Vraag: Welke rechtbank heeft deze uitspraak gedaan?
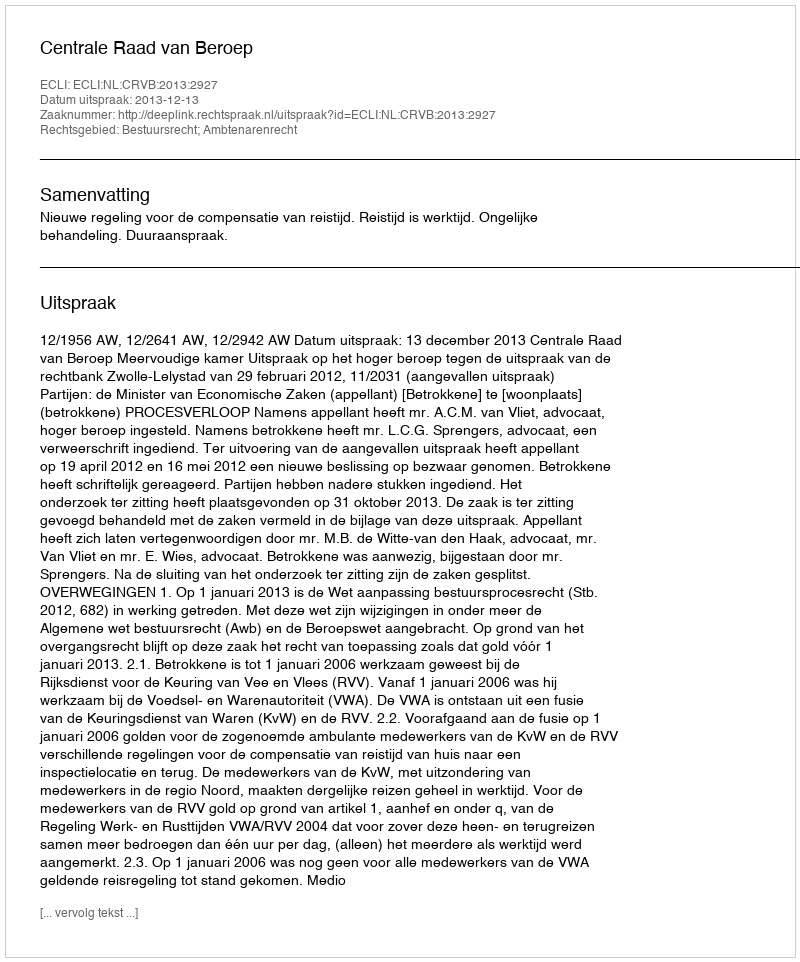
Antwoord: Centrale Raad van Beroep